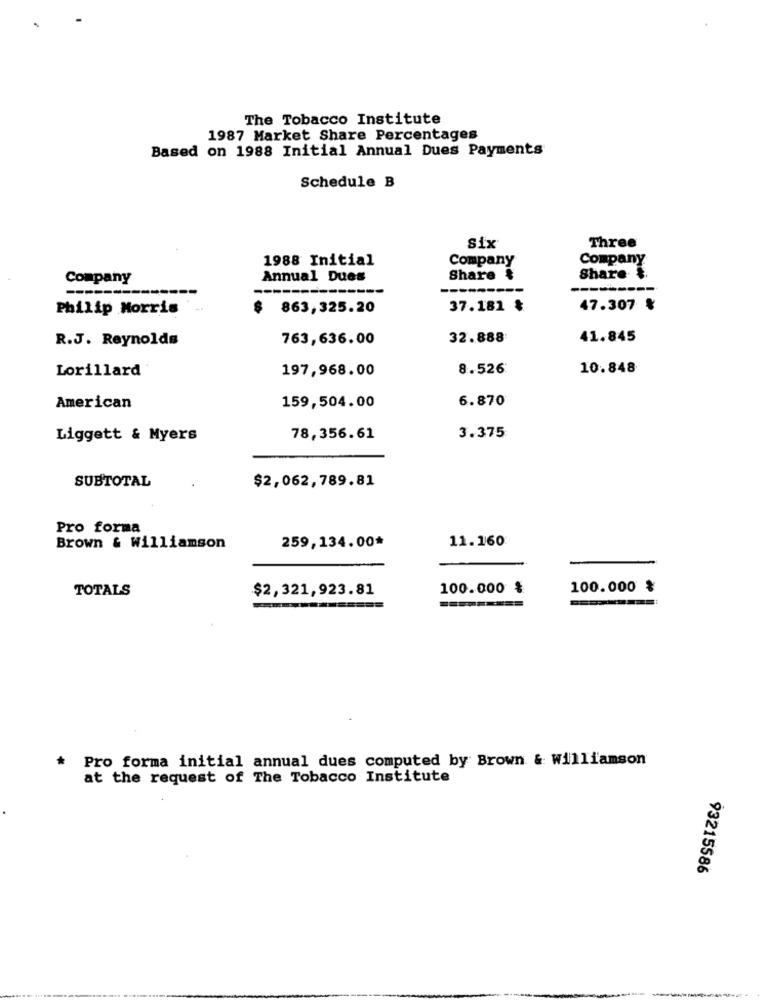
The Tobacco Institute
1987 Market Share Percentages
Based on 1988 Initial Annual Dues Payments
Schedule B
Three
Six
1988 Initial
Company
Company
Company
Annual Dues
Share &
Share &
------
---------
Philip Morris
$ 863,325.20
37.181 ₺
47.307 %
R.J. Reynolds
763,636.00
32.888
41.845
Lorillard
197,968.00
8.526
10.848
159,504.00
6.870
American
Liggett & Myers
78,356.61
3.375
SUBTOTAL
$2,062,789.81
Pro forma
259,134.00*
11.160
Brown & Williamson
TOTALS
$2,321,923.81
100.000 %
100.000 %
* Pro forma initial annual dues computed by Brown & Williamson
at the request of The Tobacco Institute
93215586